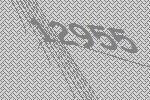
12955